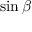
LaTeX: \sin \beta